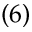
( 6 )